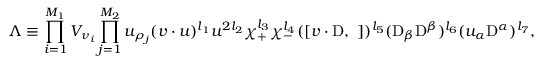
\Lambda \equiv \prod _ { i = 1 } ^ { M _ { 1 } } { \cal V } _ { \nu _ { i } } \prod _ { j = 1 } ^ { M _ { 2 } } u _ { \rho _ { j } } ( v \cdot u ) ^ { l _ { 1 } } u ^ { 2 l _ { 2 } } \chi _ { + } ^ { l _ { 3 } } \chi _ { - } ^ { l _ { 4 } } ( [ v \cdot \mathrm { D } , \ ] ) ^ { l _ { 5 } } ( \mathrm { D } _ { \beta } \mathrm { D } ^ { \beta } ) ^ { l _ { 6 } } ( u _ { \alpha } \mathrm { D } ^ { \alpha } ) ^ { l _ { 7 } } ,